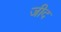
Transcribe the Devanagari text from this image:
जीद